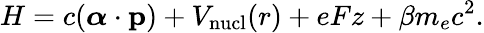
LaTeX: H=c(\mathbf{\boldsymbol{\alpha}}\cdot\mathbf{p})+V_{\mathrm{nucl}}(r)+eFz+\beta m_{e}c^{2}.